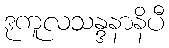
ဒုကူလသန္ဒနာနိပီ